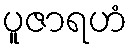
ပူဇာရဟံ